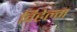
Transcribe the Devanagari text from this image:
विहेल्म